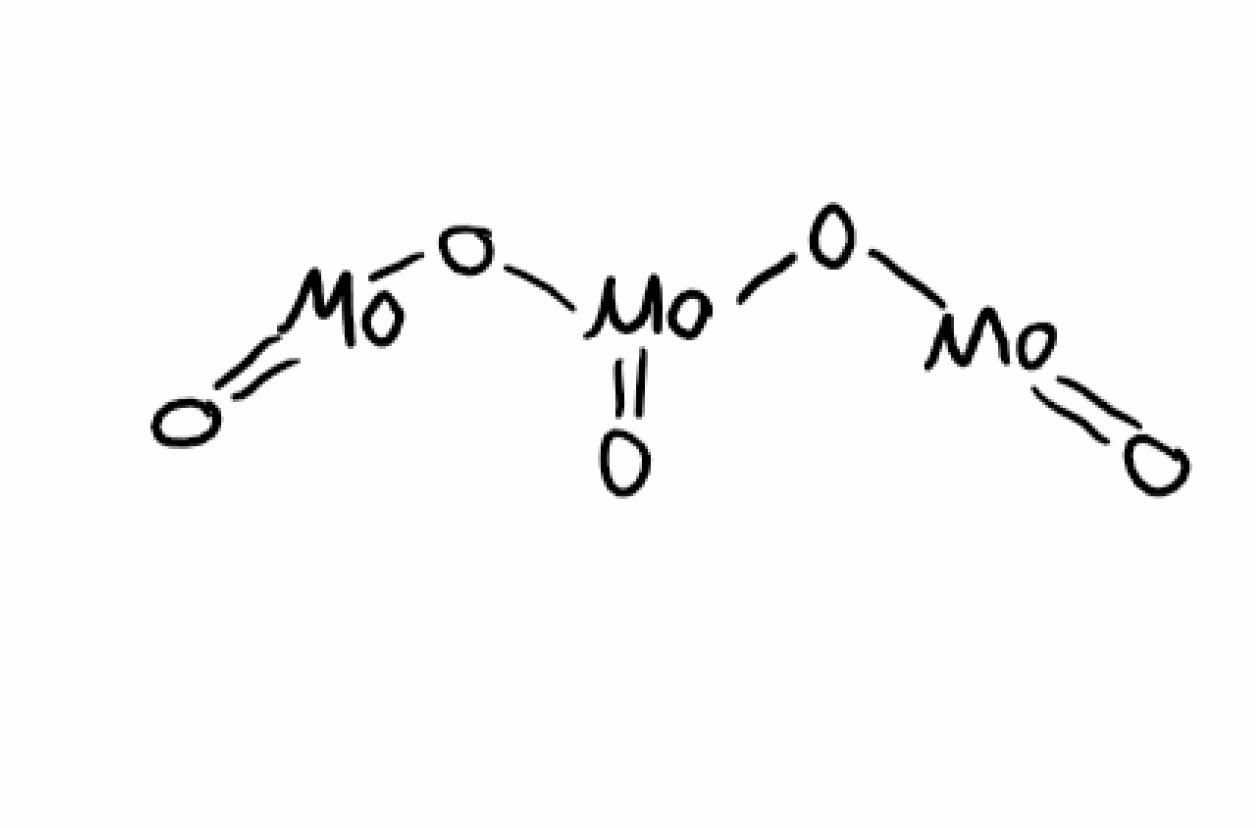
Simplified molecular-input line-entry system (SMILES) notation of the given molecule:
O=[Mo]O[Mo](=O)O[Mo]=O